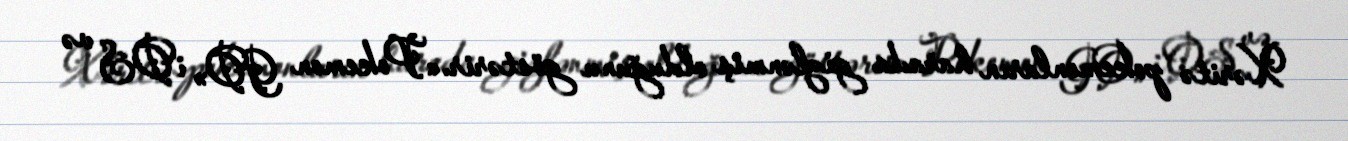
Xəritə pokemonların harada gizlənmiş olduğunu göstərir.«Pokemon GO» iOS və